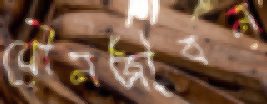
যৌনজীবন